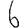
Digit: 6